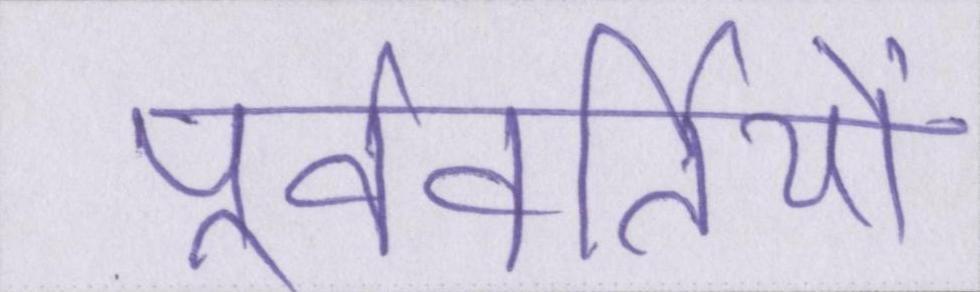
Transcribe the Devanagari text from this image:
पूर्ववर्तियों